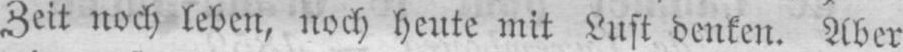
Zeit noch leben, noch heute mit Lust denken. Aber